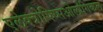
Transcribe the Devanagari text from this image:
एलेक्त्रोफ्य्सिओलोगिकल